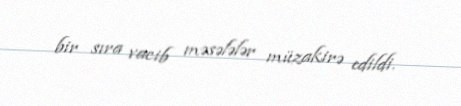
bir sıra vacib məsələlər müzakirə edildi.